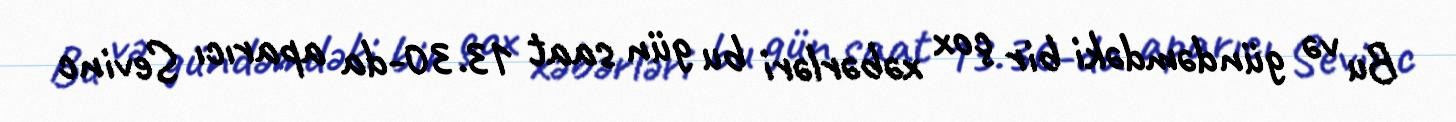
Bu və gündəmdəki bir çox xəbərləri bu gün saat 13.30-da aparıcı Sevinc